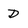
Character: D